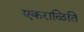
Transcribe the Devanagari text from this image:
एकराळिति